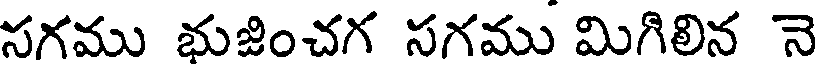
సగము భుజించగ సగము మిగిలిన నె